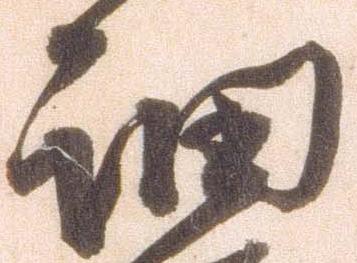
細